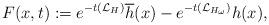
LaTeX: \begin{align*}F(x,t):=e^{-t(\mathcal{L}_{H})}\overline{h}(x)-e^{-t(\mathcal{L}_{H_{\omega}})}h(x),\end{align*}